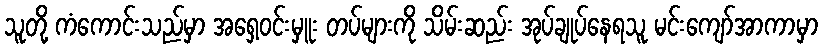
သူတို့ ကံကောင်းသည်မှာ အရှေ့ဝင်းမှူး တပ်များကို သိမ်းဆည်း အုပ်ချုပ်နေရသူ မင်းကျော်အာကာမှာ